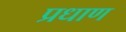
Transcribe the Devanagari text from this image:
प्रधाण